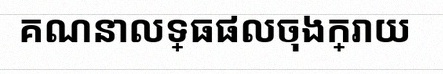
គណនាលទ្ធផលចុងក្រោយ